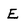
Character: E